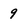
Character: 9